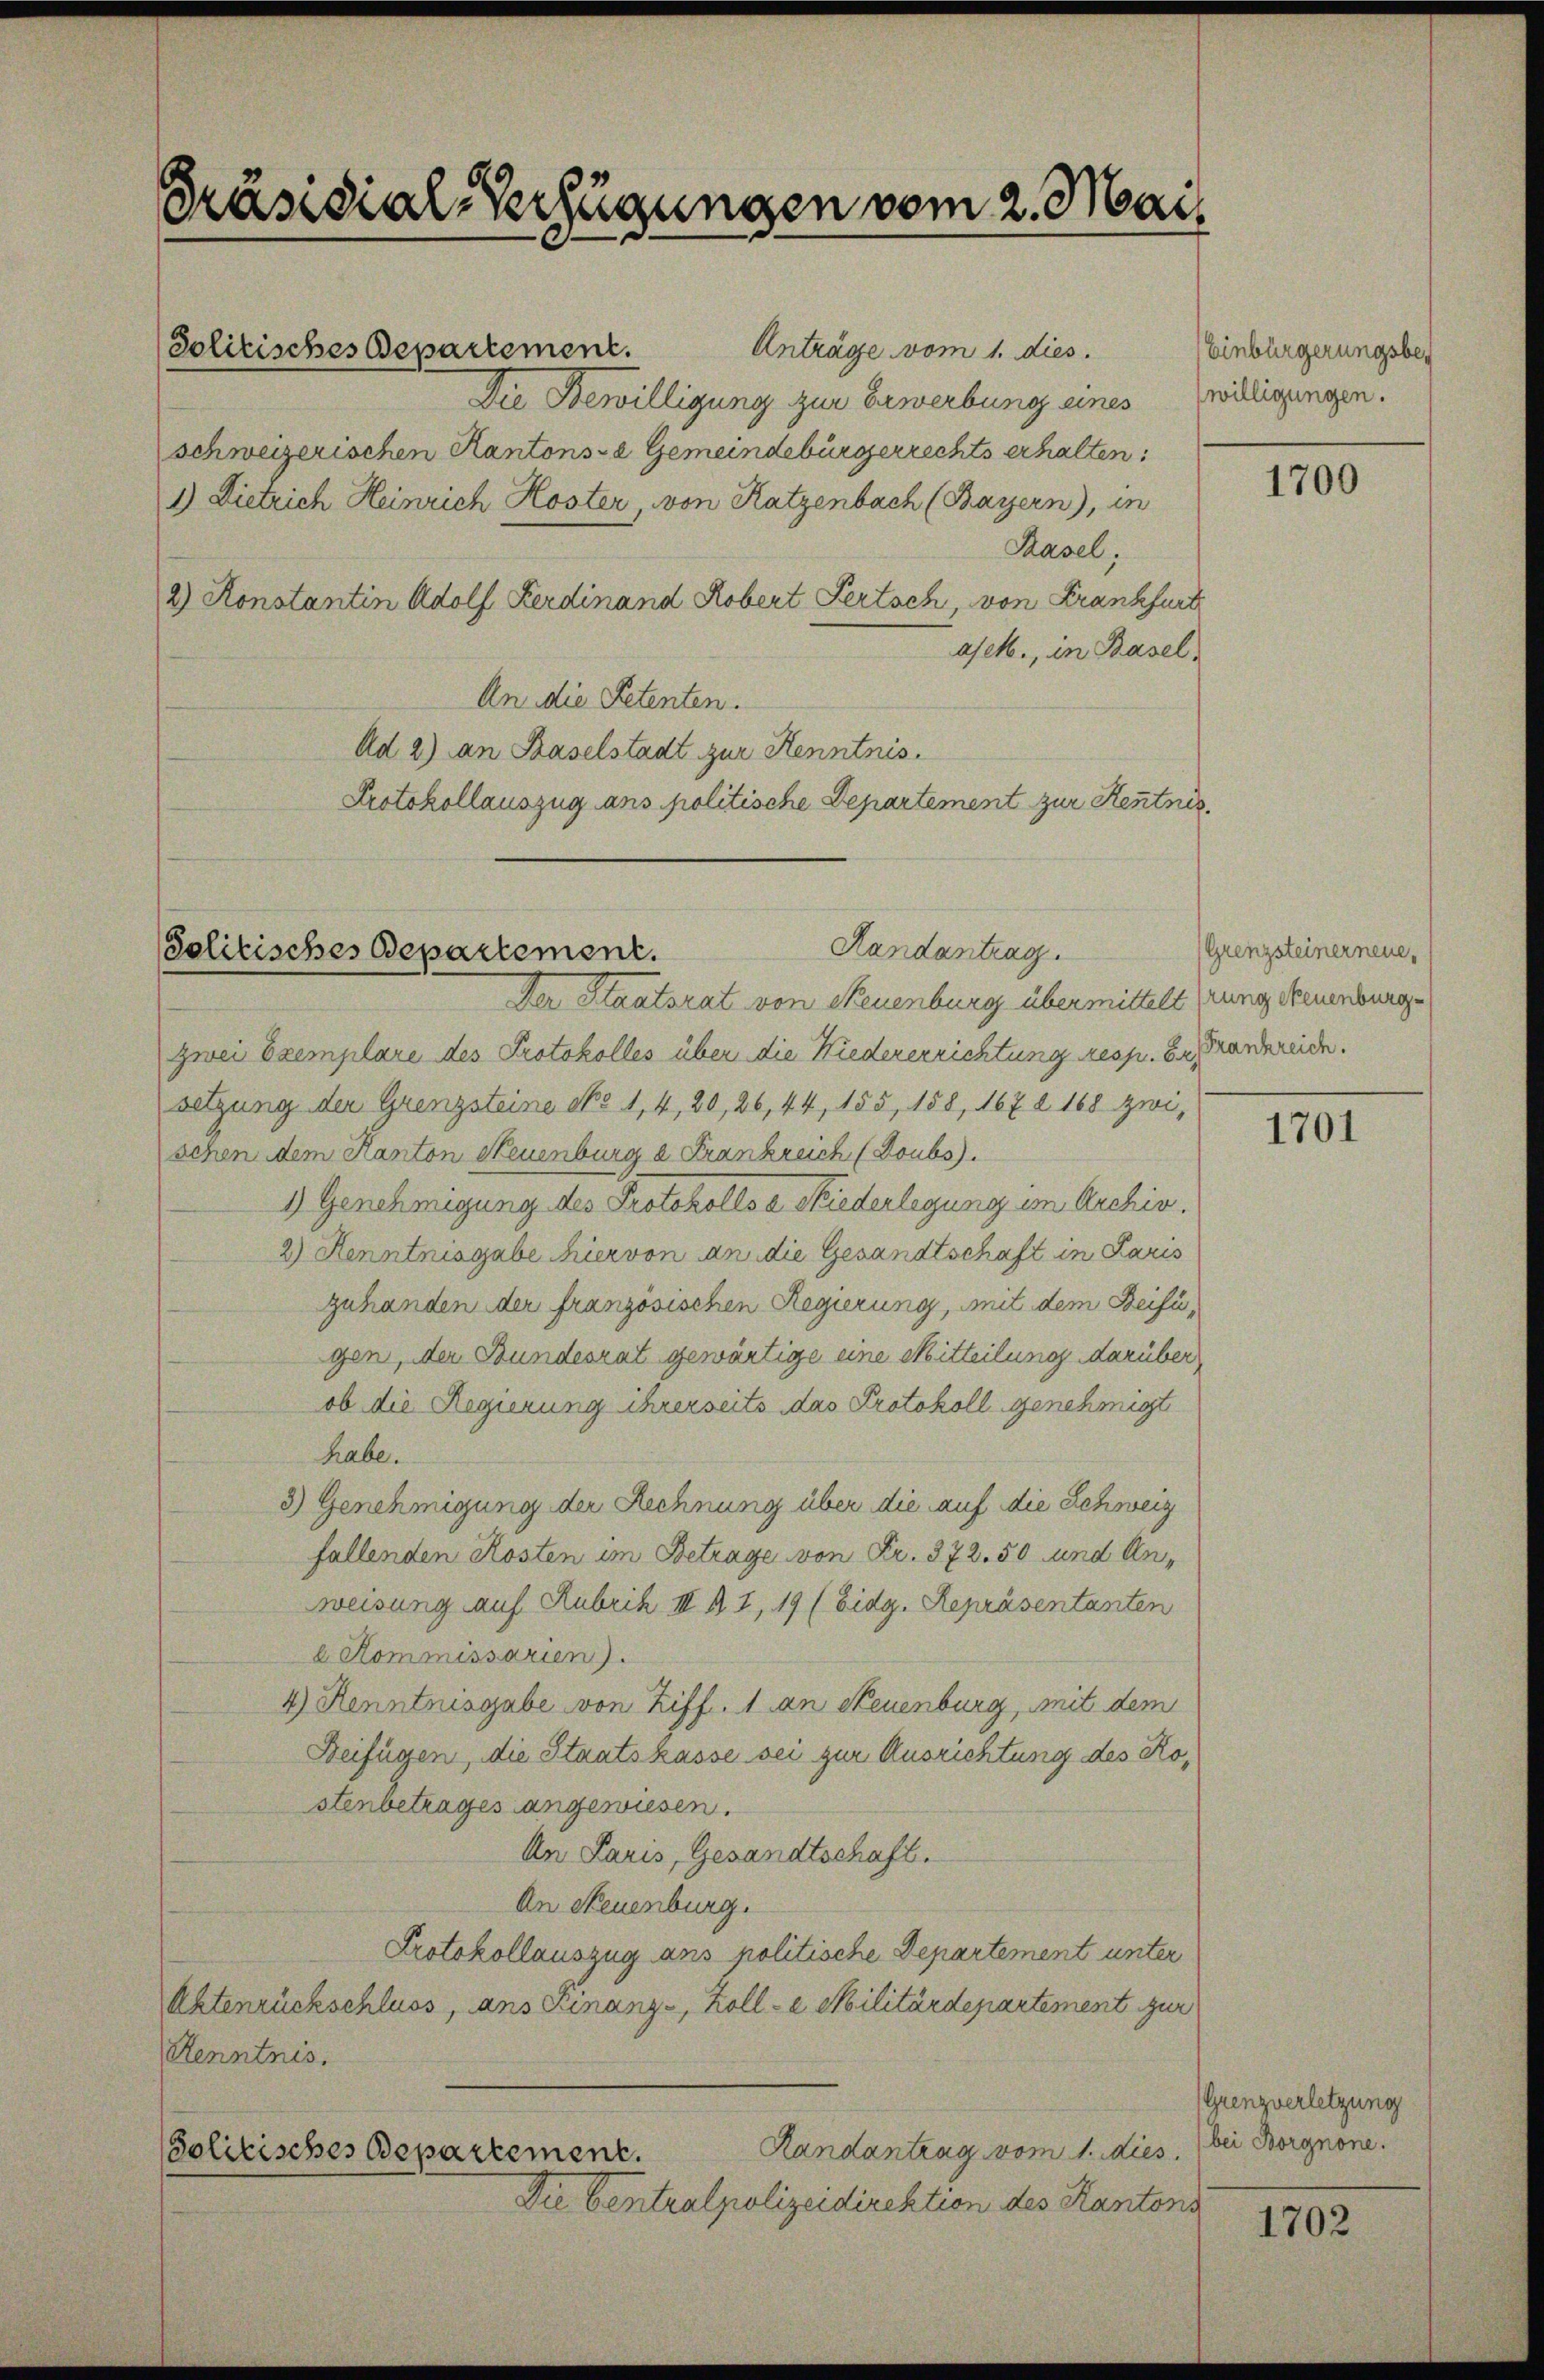
Präsidial-Verfügungen vom 2. Mai

Anträge vom 1. dies.
Solitisches Departement.
Die Bewilligung zur Erwerbung eines möchtigungen.
schweizerischen Kantons- & Gemeindebürgerrechts erhalten.
1) Dietrich Heinrich Koster, von Katzenbach (Bayern), in
Hasel,
2) Konstantin Adolf Ferdinand Robert Pertoch, von Krankfurt
asel., in Basel
An die Petenten.
Ad 2) an Baselstadt zur Kenntnis.
Protokollauszug ans politische Departement zur Kenntnis

Solitisches Departement.

Handantrag.

Der Staatsrat von Neuenburg übermittelt (rung Neuenburg
zwei Exemplare des Protokolles über die Niedererrichtung resp. Er andereide.
setzung der Grenzsteine No 1, 4, 20, 26, 44, 155, 158, 1672 168 zwi-
schen dem Kanton Neuenburg a. Frankreich (Doubs).
1) Genehmigung des Protokolls a Niederlegung im Archin.
2) Kenntnisgabe hiervon an die Gesandtschaft in Paris
zuhanden der französischen Regierung, mit dem Beifügen, der Bundesrat gewärtige eine Mitteilung darüber
ob die Regierung ihrerseits das Protokoll genehmigt
habe.
3) Genehmigung der Rechnung über die auf die Schweiz
fallenden Kosten im Betrage von Fr. 372. 50 und Anweisung auf Rubrik III § 1, 19 (Eidg. Repräsentanten
e Kommissarien).
4) Kenntnisgabe von Ziff. 1 an Neuenburg, mit dem
Beifügen, die Staatskasse sei zur Ausrichtung des Rostenbetrages angewiesen.
An Paris, Gesandtschaft.
An Neuenburg.
Protokollauszug ans politische Departement unter
Aktenrückschluss, ans Finanz-, Kolle Militärdepartement zur
Renntnis.
Randantrag vom 1. dies
Solitisches Departement.
Die Centralpolizeidirektion des Kantons

Einbürgerungsbe¬

1700

(Grenzsteiner neue,

1701

Grenzverletzung
bei Borgnone.

1702